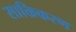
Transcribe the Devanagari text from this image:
साक्तिकरण